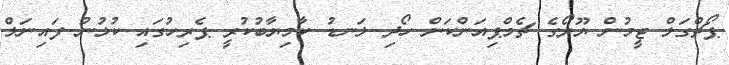
ޕޯޗްގަލް ޓީމުން ޔޫރޯގެ ޗެމްޕިއަންކަން ހޯދި ލަނޑު ކާމިޔާބުކުރީ ޕެރިހުގައި ކުޅުނު ފައިނަލް